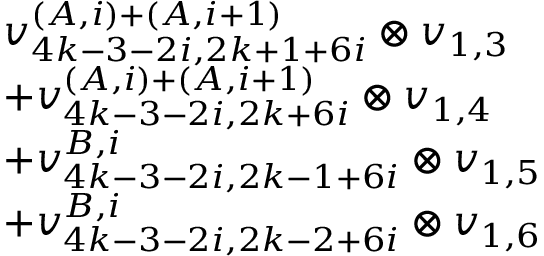
\begin{array} { r l } & { v _ { 4 k - 3 - 2 i , 2 k + 1 + 6 i } ^ { ( A , i ) + ( A , i + 1 ) } \otimes v _ { 1 , 3 } } \\ & { + v _ { 4 k - 3 - 2 i , 2 k + 6 i } ^ { ( A , i ) + ( A , i + 1 ) } \otimes v _ { 1 , 4 } } \\ & { + v _ { 4 k - 3 - 2 i , 2 k - 1 + 6 i } ^ { B , i } \otimes v _ { 1 , 5 } } \\ & { + v _ { 4 k - 3 - 2 i , 2 k - 2 + 6 i } ^ { B , i } \otimes v _ { 1 , 6 } } \end{array}